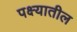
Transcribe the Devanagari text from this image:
पक्ष्यातील